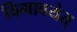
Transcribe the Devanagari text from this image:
विभावयेत्